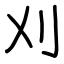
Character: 刈